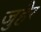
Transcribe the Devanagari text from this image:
जुहैर